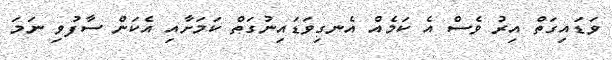
ވަޑައިގަތް އިރު ވެސް އެ ކަމެއް އެނގިވަޑައިނުގަތް ކަމަށާއި އެކަން ސާފުވި ނަމަ